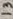
Text: 13